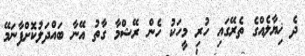
ދެ ޚިޔާލެއްގެ ތެރޭގައި ހުރި މީހަކު ހެން ރޭޝްމާ ގާތު އޭނާ ބައްދަލުކޮށްފާނަމޭ